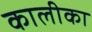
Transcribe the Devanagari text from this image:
कालीका